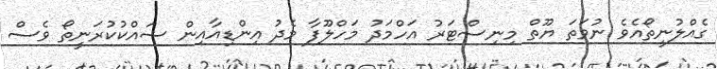
ގެއްލުނީތޯއެވެ ނުވަތަ ޔޫތް މިނިސްޓަރު އަހްމަދު މަހްލޫފާ މެދު އިންޑިއާއިން ޝައްކުކުރަނީތޯ ވެސް